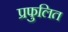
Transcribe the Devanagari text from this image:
प्रफुलित